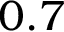
0 . 7